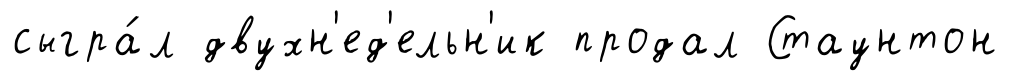
сыгра́л двухн'ед'ельн'ик продал Стаунтон